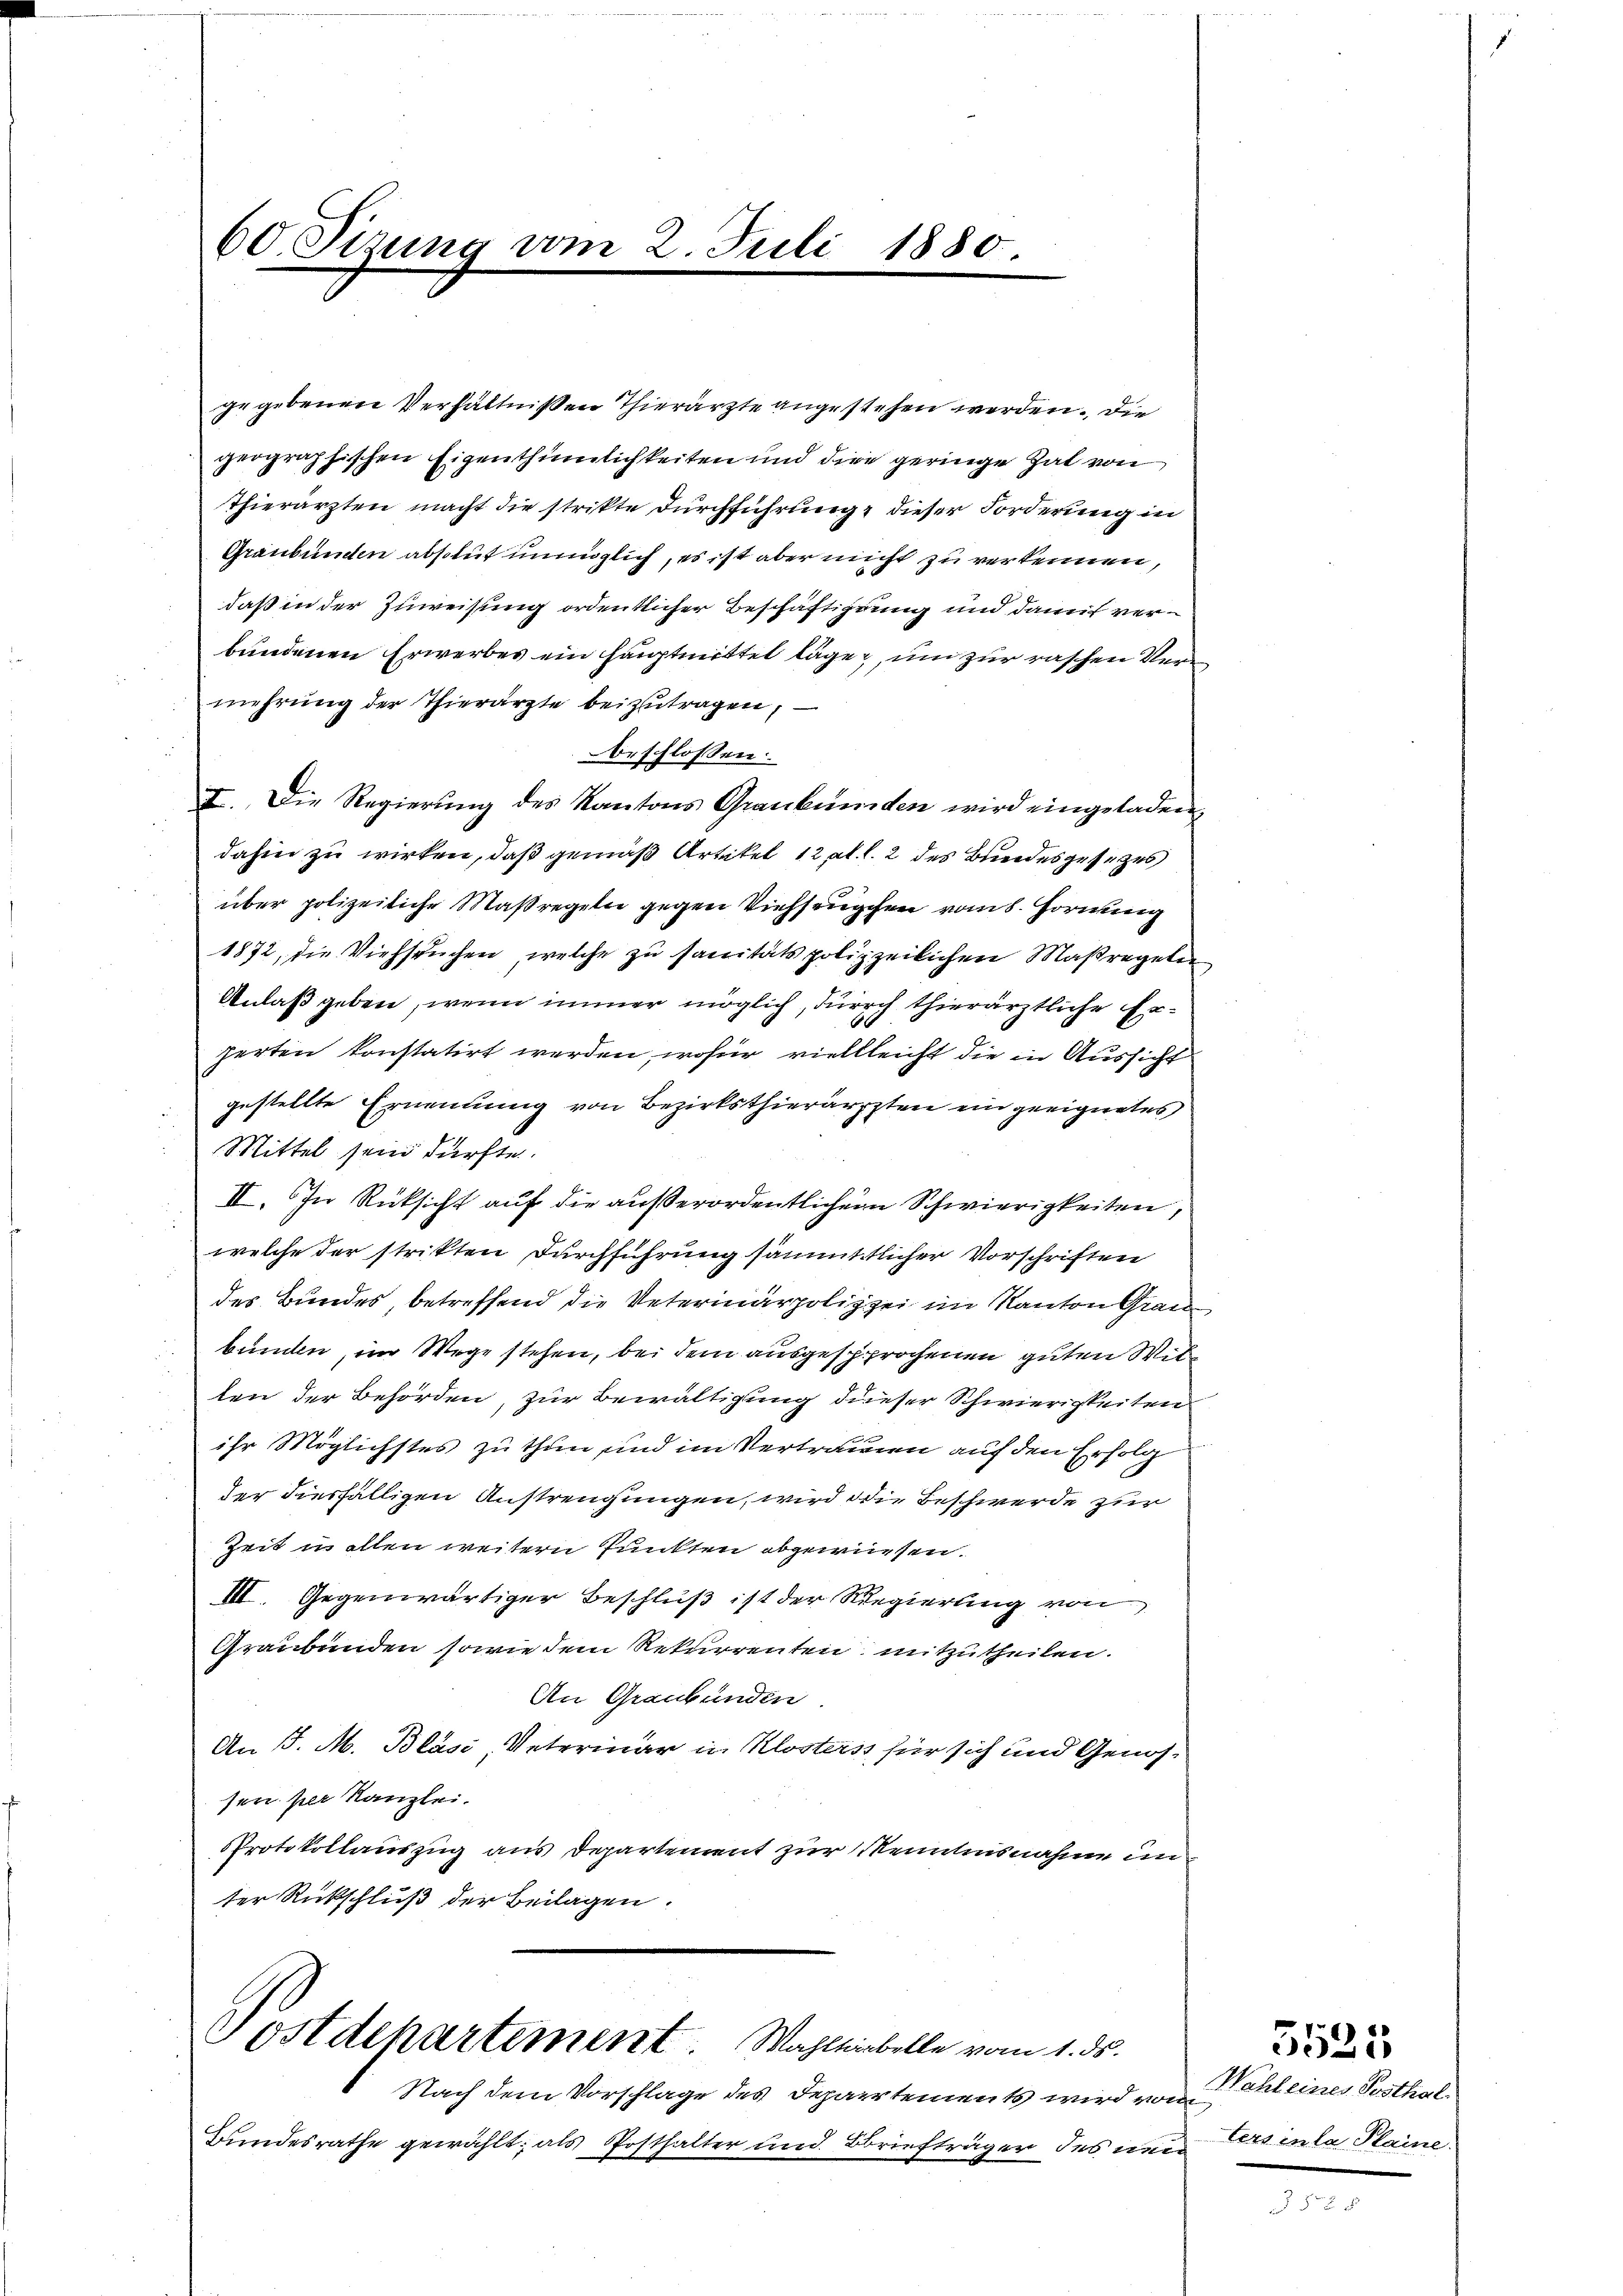
gegebenen Verhältnißen Thierärzte angestehen werden. Die
geographischen Eigenthümlichkeiten und die geringe hat von
Thierärzten macht die strikte Durchführung, dieser Forderung in
Graubünden absolut unmöglich, es ist aber nicht zu verkennen,
daß in der Zuweisung ordentlicher Beschäftigung und damit verbundenen Erwerbes ein Hauptmittel lägen, um zur raschen Vermehrung der Thierärzte beizutragen,
beschlossen:
I. Die Regierung des Kantons Graubünden wird eingeladen,
dahin zu wirken, daß gemäß Artikel 12 t. l. 2 des Bundesgesetzes
über polizeiliche Maßregeln gegen Viehseuchen vom 8. Hornung
1872, die Viehseuchen, welche zu sanitätspolizeilichen Maßregeln
Anlaß geben, wenn immer möglich, durch thierärztliche Erherten konstatirt werden, wofür viellleicht die in Aussicht
gestellte Ernennung von Bezirksthierärzten ein geeignetes
Mittel sein dürfte.
II. In Rücksicht auf die außerordentlichen Schwierigkeiten,
welche der strikten Durchführung sämmtlicher Vorschriften
des Bundes, betreffend die Veterinärpolizei im Kanton Grau
bunden, im Wege stehen, bei dem ausgesprochenen guten Wir
ten der Behörden, zur Bewältigung dieser Schwierigkeiten
ihr Möglichstes zu thun, und im Vertrauen auf den Erfolg
der diesfälligen Anstrengungen, wird die Beschwerde zur
Zeit in allen weitern Punkten abgewiesen.
III. Gegenwärtiger Beschluß ist der Regierung von
Graubünden sowie dem Rekurrenten mitzutheilen.
An Graubünden.
An J. M. Blasi Veterinar u. Klosters für sich und Genossen per Kanzlei.
Protokollauszug aus Departement zur Kenntnisnahme unter Rückschluß der Beilagen.

60. Sizung vom 2. Juli 1880.

Sostdepartement Wahlsiebelle vom 1. ds.

Nach dem Vorschlage des Departements wird vom
Bundesrathe gewählt; als Posthalter und Briefträger des un¬

Wahl eines Posthal
ters en la Plaine.

5525